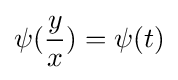
\psi ({\frac {y}{x}})=\psi (t)